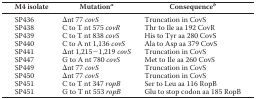
<table><thead><tr><td><b>M4 isolate</b></td><td><b>Mutation<i><sup>a</sup></i></b></td><td><b>Consequence<i><sup>b</sup></i></b></td></tr></thead><tbody><tr><td>SP436</td><td>Δnt 77 <i>covS</i></td><td>Truncation in CovS</td></tr><tr><td>SP438</td><td>C to T nt 575 <i>covR</i></td><td>Thr to Ile aa 192 CovR</td></tr><tr><td>SP439</td><td>C to T nt 838 <i>covS</i></td><td>His to Tyr aa 280 CovS</td></tr><tr><td>SP440</td><td>C to A nt 1,136 <i>covS</i></td><td>Ala to Asp aa 379 CovS</td></tr><tr><td>SP441</td><td>Δnt 1,215−1,219 <i>covS</i></td><td>Truncation in CovS</td></tr><tr><td>SP447</td><td>G to A nt 780 <i>covS</i></td><td>Met to Ile aa 260 CovS</td></tr><tr><td>SP449</td><td>Δnt 77 <i>covS</i></td><td>Truncation in CovS</td></tr><tr><td>SP450</td><td>Δnt 77 <i>covS</i></td><td>Truncation in CovS</td></tr><tr><td>SP451</td><td>C to T nt 347 <i>ropB</i></td><td>Ser to Leu aa 116 RopB</td></tr><tr><td>SP451</td><td>G to T nt 553 <i>ropB</i></td><td>Glu to stop codon aa 185 RopB</td></tr></tbody></table>